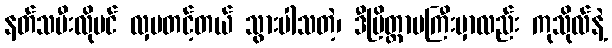
နတ်သမီးလိုပင် လှပတင့်တယ် သွားပါသတဲ့၊ ဒီပြိတ္တာမကြီးမှာလည်း ကုသိုလ်နဲ့